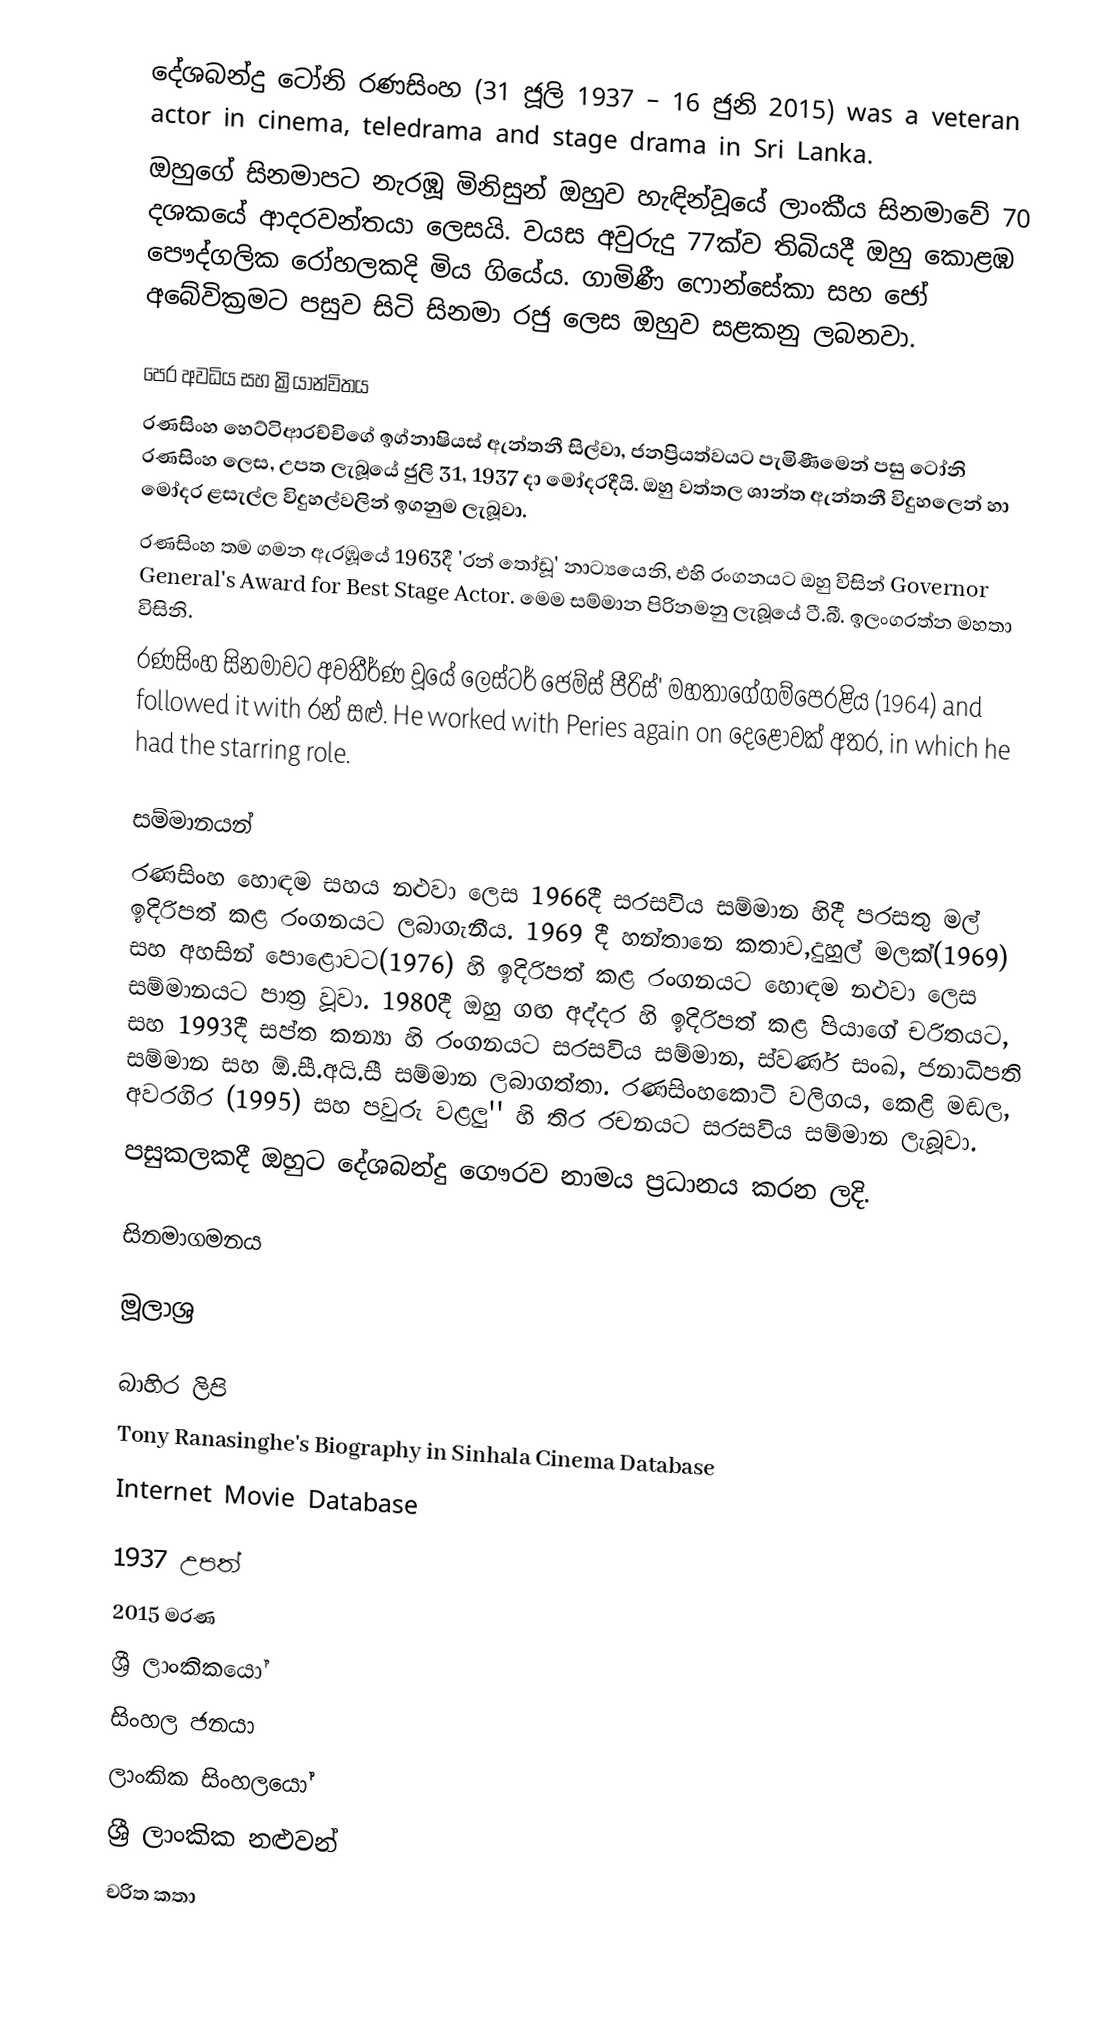
දේශබන්දු  ටෝනි රණසිංහ  (31 ජූලි 1937 – 16 ජුනි 2015) was a veteran actor in cinema, teledrama and stage drama in Sri Lanka.
ඔහුගේ සිනමාපට නැරඹූ මිනිසුන් ඔහුව හැඳින්වූයේ ලාංකීය සිනමාවේ 70 දශකයේ ආදරවන්තයා ලෙසයි. වයස අවුරුදු 77ක්ව තිබියදී ඔහු කොළඹ පෞද්ගලික රෝහලකදි මිය ගියේය.  ගාමිණී ෆොන්සේකා සහ ජෝ අබේවික්‍රමට පසුව සිටි සිනමා රජු ලෙස ඔහුව සළකනු ලබනවා.

පෙර අවධිය සහ ක්‍රියාන්විතය 
රණසිංහ හෙට්ටිආරච්චිගේ ඉග්නාෂියස් ඇන්තනී සිල්වා, ජනප්‍රියත්වයට පැමිණීමෙන් පසු ටෝනි රණසිංහ ලෙස,  උපත ලැබූයේ ජුලි 31, 1937 දා මෝදරදීයි. ඔහු වත්තල ශාන්ත ඇන්තනී විදුහලෙන් හා මෝදර ළසැල්ල විදුහල්වලින් ඉගනුම ලැබූවා.
රණසිංහ තම ගමන ඇරඹූයේ 1963දී 'රන් තෝඩූ' නාට්‍යයෙනි, එහි රංගනයට ඔහු විසින් Governor General's Award for Best Stage Actor. මෙම සම්මාන පිරිනමනු ලැබූයේ ටී.බී. ඉලංගරත්න මහතා විසිනි.
රණසිංහ සිනමාවට අවතීර්ණ වූයේ ලෙස්ටර් ජෙම්ස් පීරිස්' මහතාගේගම්පෙරළිය (1964) and followed it with රන් සළු. He worked with Peries again on දෙළොවක් අතර, in which he had the starring role.

සම්මානයන්
රණසිංහ හොඳම සහය නළුවා ලෙස 1966දී සරසවිය සම්මාන හිදී පරසතු මල් ඉදිරිපත් කළ රංගනයට ලබාගැනීය. 1969 දී හන්තානෙ කතාව,දුහුල් මලක්(1969) සහ අහසින් පොළොවට(1976) හි ඉදිරිපත් කළ රංගනයට හොඳම නළුවා ලෙස සම්මානයට පාත්‍ර වූවා. 1980දී ඔහු ගඟ අද්දර හි ඉදිරිපත් කළ පියාගේ චරිතයට, සහ 1993දී සප්ත කන්‍යා හි රංගනයට සරසවිය සම්මාන, ස්වර්ණ සංඛ, ජනාධිපති සම්මාන සහ ඕ.සී.අයි.සී සම්මාන ලබාගත්තා. රණසිංහකොටි වලිගය, කෙළි මඬල, අවරගිර (1995) සහ පවුරු වළලු'' හි තිර රචනයට සරසවිය සම්මාන ලැබූවා.
පසුකලකදී ඔහුට දේශබන්දු ගෞරව නාමය ප්‍රධානය කරන ලදි.

සිනමාගමනය

මූලාශ්‍ර

බාහිර ලිපි
 Tony Ranasinghe's Biography in Sinhala Cinema Database
 Internet Movie Database

1937 උපත්
2015 මරණ
ශ්‍රී ලාංකිකයෝ
සිංහල ජනයා
ලාංකික සිංහලයෝ
ශ්‍රී ලාංකික නළුවන්
චරිත කතා